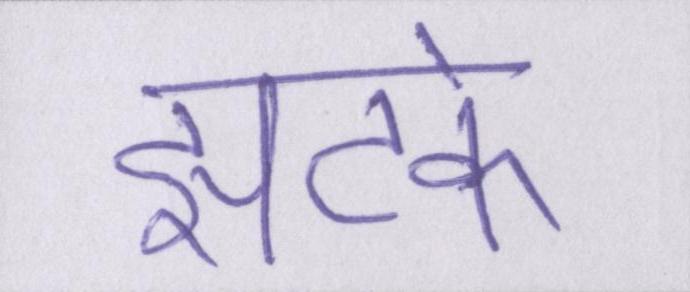
झटके